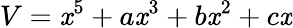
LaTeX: V=\mathit{x}^{5}+a\mathit{x}^{3}+b\mathit{x}^{2}+c\mathit{x}